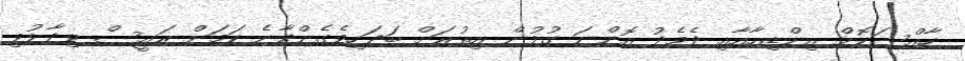
ހާއްސަކޮށް އިންޑިއާއާއި ދެމެދު އޮންނަ ގުޅުން އިތުރަށް ބަދަހިވެގެންދާނެ ކަމަށް ރައީސް ވިދާޅުވި